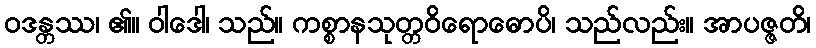
ဝဒန္တဿ၊ ၏။ ဝါဒေါ၊ သည်။ ကစ္စာနသုတ္တဝိရောဓောပိ၊ သည်လည်း။ အာပဇ္ဇတိ၊